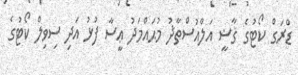
ޑްރަގް ކޯޓުގެ ޤާޟީ އަލްއުސްތާޛު މުޙައްމަދު ޢީސާ ފުޅު އަދި ސިވިލް ކޯޓުގެ